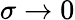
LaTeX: \sigma\to 0